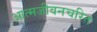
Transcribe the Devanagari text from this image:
आत्मजीवनचरित